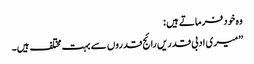
وہ خود فرماتے ہیں :
’’میری ادبی قدریں رائج قدروں سے بہت مختلف ہیں۔